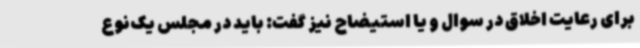
برای رعایت اخلاق در سوال و یا استیضاح نیز گفت: باید در مجلس یک‌نوع